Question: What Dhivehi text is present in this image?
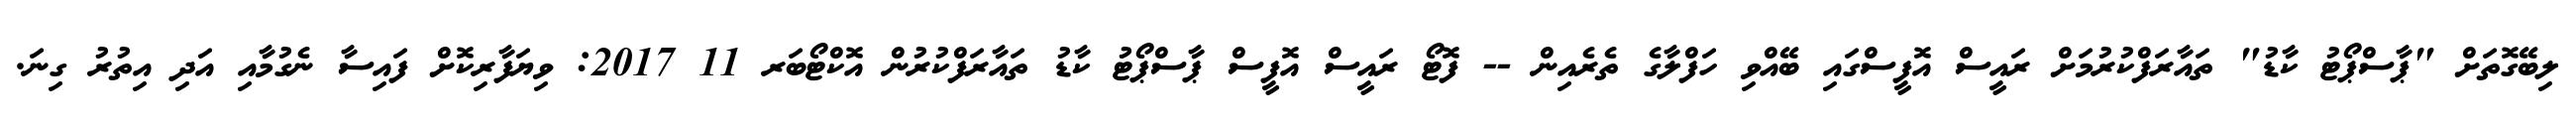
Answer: ލިބޭގޮތަށް "ޕާސްޕޯޓު ކާޑު" ތައާރަފްކުރުމަށް ރައީސް އޮފީސްގައި ބޭއްވި ހަފްލާގެ ތެރެއިން -- ފޮޓޯ ރައީސް އޮފީސް ޕާސްޕޯޓު ކާޑު ތައާރަފްކުރުން އޮކްޓޯބަރ 11 2017: ވިޔަފާރިކޮށް ފައިސާ ނެގުމާއި އަދި އިތުރު ގިނަ.